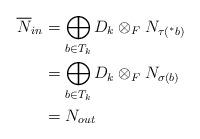
LaTeX: \begin{align*}\overline{N}_{in}&=\displaystyle \bigoplus_{b \in T_{k}} D_{k} \otimes_{F} N_{\tau(^{\ast}b)} \\&=\displaystyle \bigoplus_{b \in T_{k}} D_{k} \otimes_{F} N_{\sigma(b)} \\&=N_{out}\end{align*}